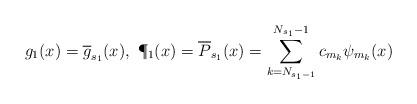
LaTeX: \begin{align*}g_1(x)=\overline{g}_{s_1}(x),\ \P_1(x)=\overline{P}_{s_1}(x)=\sum_{k=N_{s_1-1}}^{N_{s_1}-1}c_{m_k}\psi_{m_k}(x)\end{align*}